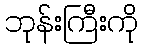
ဘုန်းကြီးကို